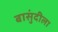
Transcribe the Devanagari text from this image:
बासुंदीला